Lunatic asylums United Provinces 1899-1908 - 1899-1908
Year: 1899
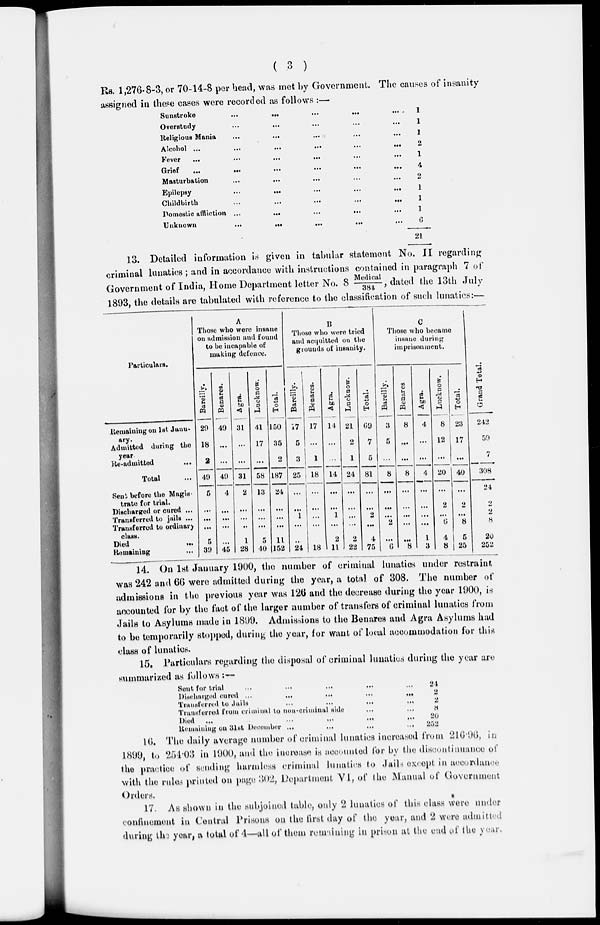
( 3 )
Rs. 1,276-8-3, or 70-14-8 per head, was met by Government. The causes of insanity
assigned in these cases were recorded as follows :—
Sunstroke
...
...
...
...
...
Overstndy ... ... ... ... ...
Religious Mania ... ... ... ... ...
Alcohol
...
...
...
...
...
Fever
...
...
...
...
...
Grief
...
...
...
...
...
Masturbation ... ... ... ... ...
Epilepsy
...
...
...
...
...
Childbirth
...
...
...
...
...
Domestic affiction
...
...
...
...
...
Unknown
...
...
...
...
...
...
1
1
1
2
1
4
2
1
1
1
6
21
13. Detailed information is given in tabular statement No. II regarding
criminal lunatics; and in accordance with instructions contained in paragraph 7 of
Government of India, Home Department letter No. 8 Medical/384 , dated the 13th July
1893, the details are tabulated with reference to the classification of such lunatics:—
Particulars.
Remaining on 1st Janu-
ary.
Admitted during the
year
Re-adimtted
...
Total ...
Sent before the Magis-
trate for trial.
Discharged or cured ...
Transferred to jails ...
Transferred to ordinary
class.
Died
...
Remaining ...
A
Those who were insane
on admission and found
to be incapable of
making defence.
Bareilly.
29
18
2
49
5
...
...
...
5
39
Benares.
49
...
...
49
4
...
...
...
...
45
Agra.
31
...
...
31
2
...
...
...
1
28
Lucknow.
41
17
...
58
13
...
...
...
5
40
Total.
150
35
2
187
24
...
...
...
11
152
B
Those who were tried
and acquitted on the
grounds of insanity.
Bareilly.
17
5
3
25
...
...
1
...
...
24
Benares.
17
...
1
18
...
...
...
...
...
18
Agra.
14
...
...
14
...
...
1
...
2
11
Lucknow.
21
2
1
24
...
...
...
...
2
22
Total.
69
7
5
81
...
...
2
...
4
75
C
Those who became
insane during
imprisonment.
Bareilly.
3
5
...
8
...
...
...
2
...
6
Benares
8
...
...
8
...
...
...
...
...
8
Agra.
4
...
...
4
...
...
...
...
1
3
Lucknow.
8
12
...
20
...
2
...
6
4
8
Total.
23
17
...
40
...
2
...
8
5
25
Grand Total
242
50
7
308
24
2
2
8
20
252
14. On 1st January 1900, the number of criminal lunatics under restraint
was 242 and 66 were admitted during the year, a total of 308. The number of
admissions in the previous year was 126 and the decrease during the year 1900, is
accounted for by the fact of the larger number of transfers of criminal lunatics from
Jails to Asylums made in 1899. Admissions to the Benares and Agra Asylums had
to be temporarily stopped, during the year, for want of local accommodation for this
class of lunatics.
15. Particulars regarding the disposal of criminal lunatics during the year are
summarized as follows :—
Sent for trial ... ... ... ... ...
Discharged cured
...
...
...
...
...
Transferred to Jails ... ... ... ...
Transferred from criminal to non-criminal side
Died ... ... ... ... ...
Remaining on 31st December ... ... ... ...
21
2
2
8
20
252
16. The daily average number of criminal lunatics increased from 216.96, in
1899, to 254.03 in 1900, and the increase is accounted for by the discontinuance of
the practice of sending harmless criminal lunatics to Jails except in accordance
with the rules printed on page 302, Department VI, of the Manual of Government
Orders.
17. As shown in the subjoined table, only 2 lunatics of this class were under
confinement in Central Prisons on the first day of the year, and 2 were admitted
during the year, a total of 4—all of them remaining in prison at the end of the year.